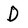
Character: D